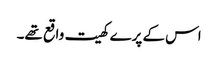
اس کے پرے کھیت واقع تھے۔